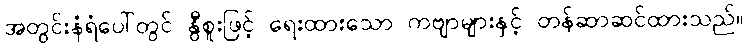
အတွင်းနံရံပေါ်တွင် နွီစူးဖြင့် ရေးထားသော ကဗျာများနှင့် တန်ဆာဆင်ထားသည်။